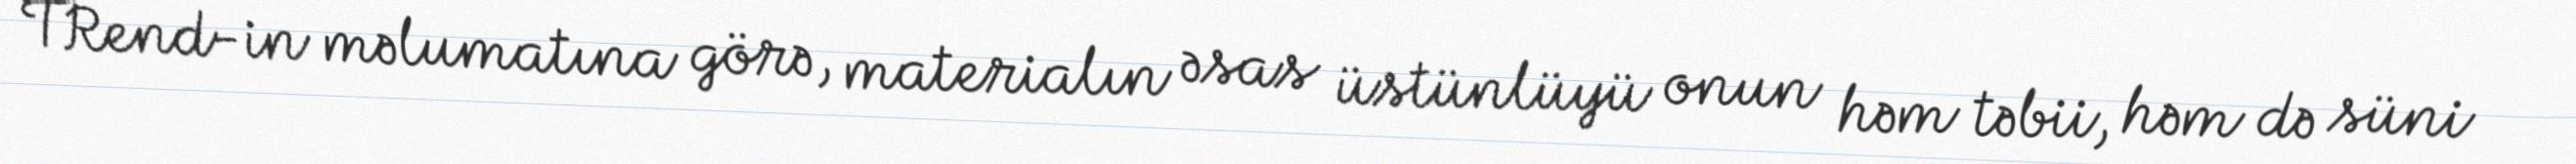
TRend-in məlumatına görə, materialın əsas üstünlüyü onun həm təbii, həm də süni